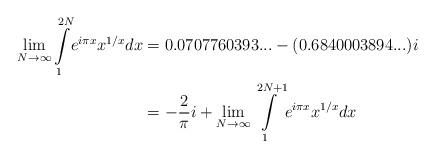
LaTeX: \begin{align*}\lim_{N\rightarrow\infty}{\displaystyle\int\limits_{1}^{2N}}e^{i\pi x}x^{1/x}dx & =0.0707760393...-(0.6840003894...)i\\\ & =-\frac{2}{\pi}i+\lim_{N\rightarrow\infty}{\displaystyle\int\limits_{1}^{2N+1}}e^{i\pi x}x^{1/x}dx\end{align*}